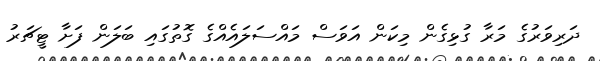
ދަރިވަރުގެ މަރާ ގުޅިގެން މިކަން އަވަސް މައްސަލައެއްގެ ގޮތުގައި ބަލަން ފަށާ ޓީޗަރު